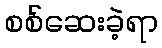
စစ်ဆေးခဲ့ရာ